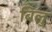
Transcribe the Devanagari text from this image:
बिलु